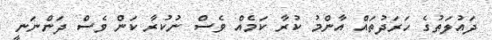
ދައުލަތުގެ ހަރަދުތައް އާންމު ކުރާ ކަމެއް ވެސް ނުކުރާ ކަން ވެސް ދަންނަނީ